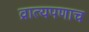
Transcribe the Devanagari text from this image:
व्रात्यपणाच